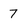
Character: 7